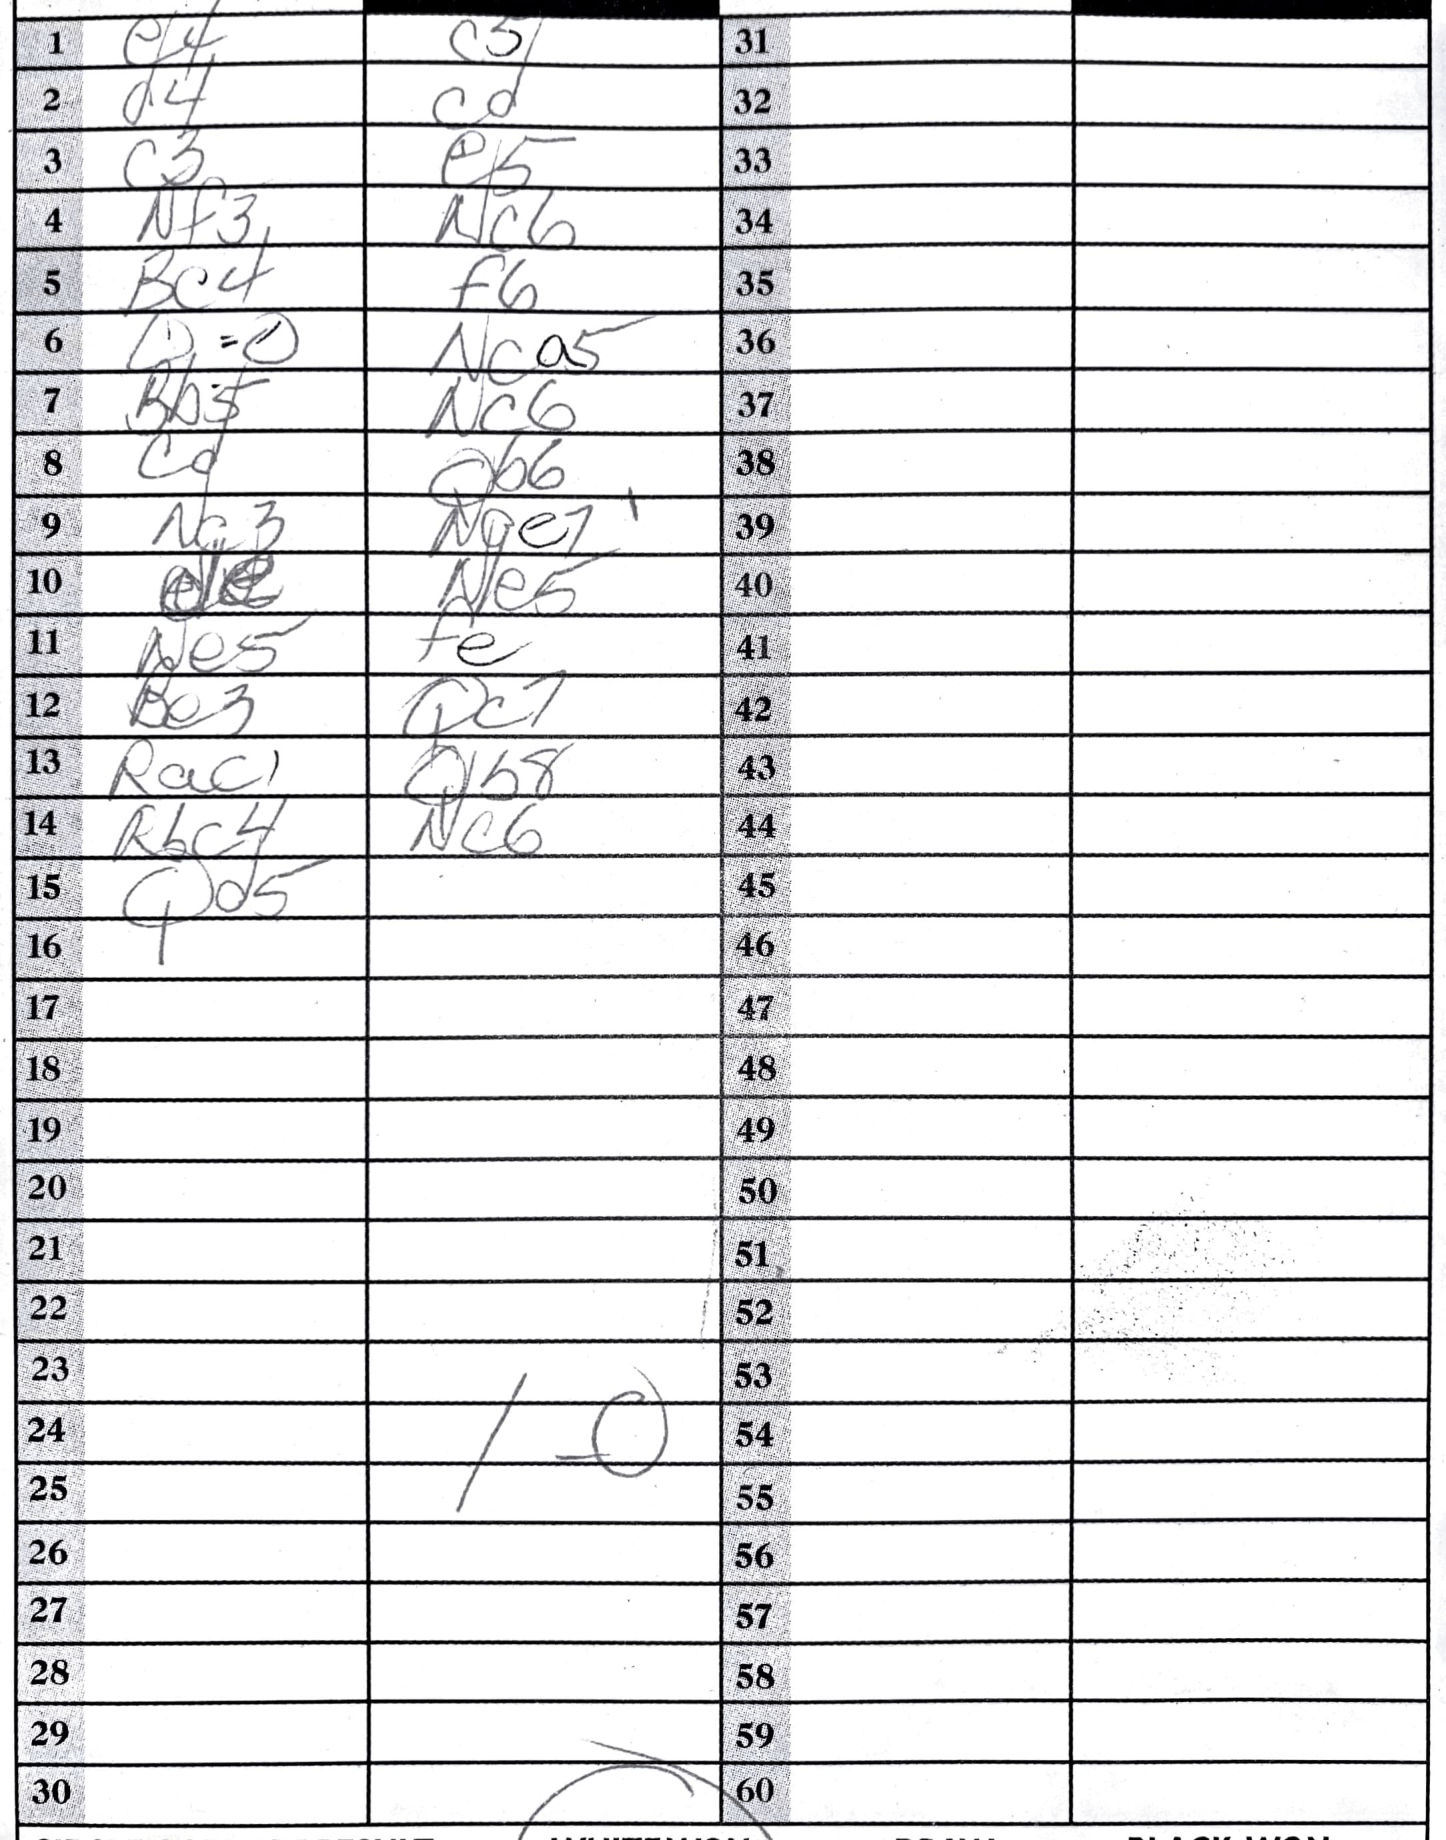
Moves: e4 c5 d4 c3 e5 Nf3 Nc6 Bc4 f6 O-O Nca5 Bb5 Nc6 Qb6 Nc3 Nge7 Ne5 Ne5 Be3 Qc7 Rac1 Qb8 Rbc4 Nc6 Qd5